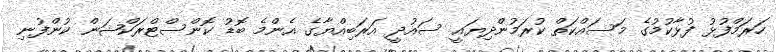
ހަރަމްފުޅު ފުޅާކުމުގެ މަސައްކަތް ކުރަމުންދިޔައީ ސައުދީ އަރަބިއްޔާގެ އެންމެ ބޮޑު ކޮންސްޓްރަކްޝަން ކުންފުނި